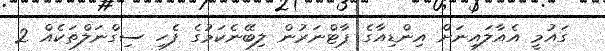
ގައުމީ އެއާލައިނަށް އިންޑިއާގެ ޕާޓްނަރުން ލިބޭނެކަމުގެ ފެހި ސިގްނަލްތަކެއް 2